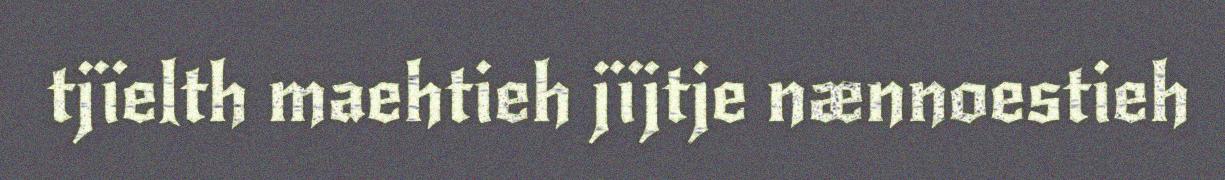
tjïelth maehtieh jïjtje nænnoestieh